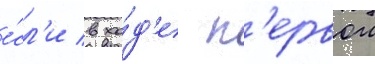
е́сл'и в хо́д'е п'ервои